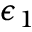
\epsilon _ { 1 }